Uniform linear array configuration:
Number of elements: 8
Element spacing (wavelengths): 0.5
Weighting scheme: binomial
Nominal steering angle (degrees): -45
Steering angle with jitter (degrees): -46.499
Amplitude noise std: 0.05
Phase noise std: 0.05

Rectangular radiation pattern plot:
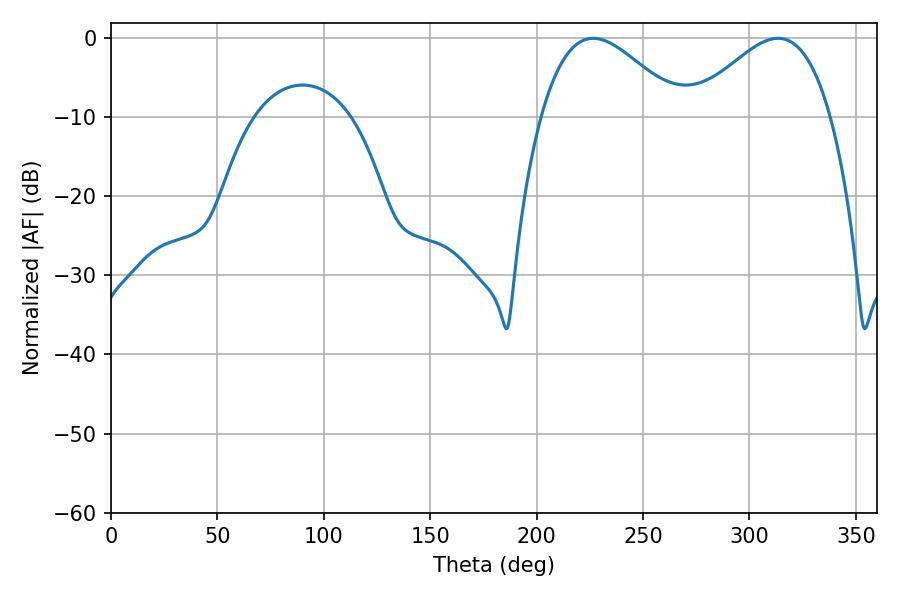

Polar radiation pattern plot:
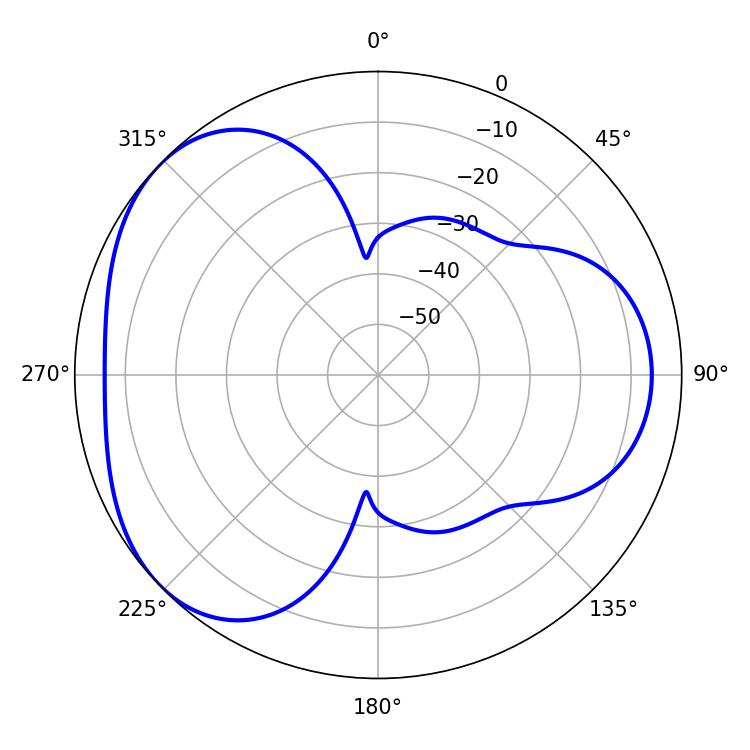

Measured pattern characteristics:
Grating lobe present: FALSE
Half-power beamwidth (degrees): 35.28
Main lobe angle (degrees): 226.62